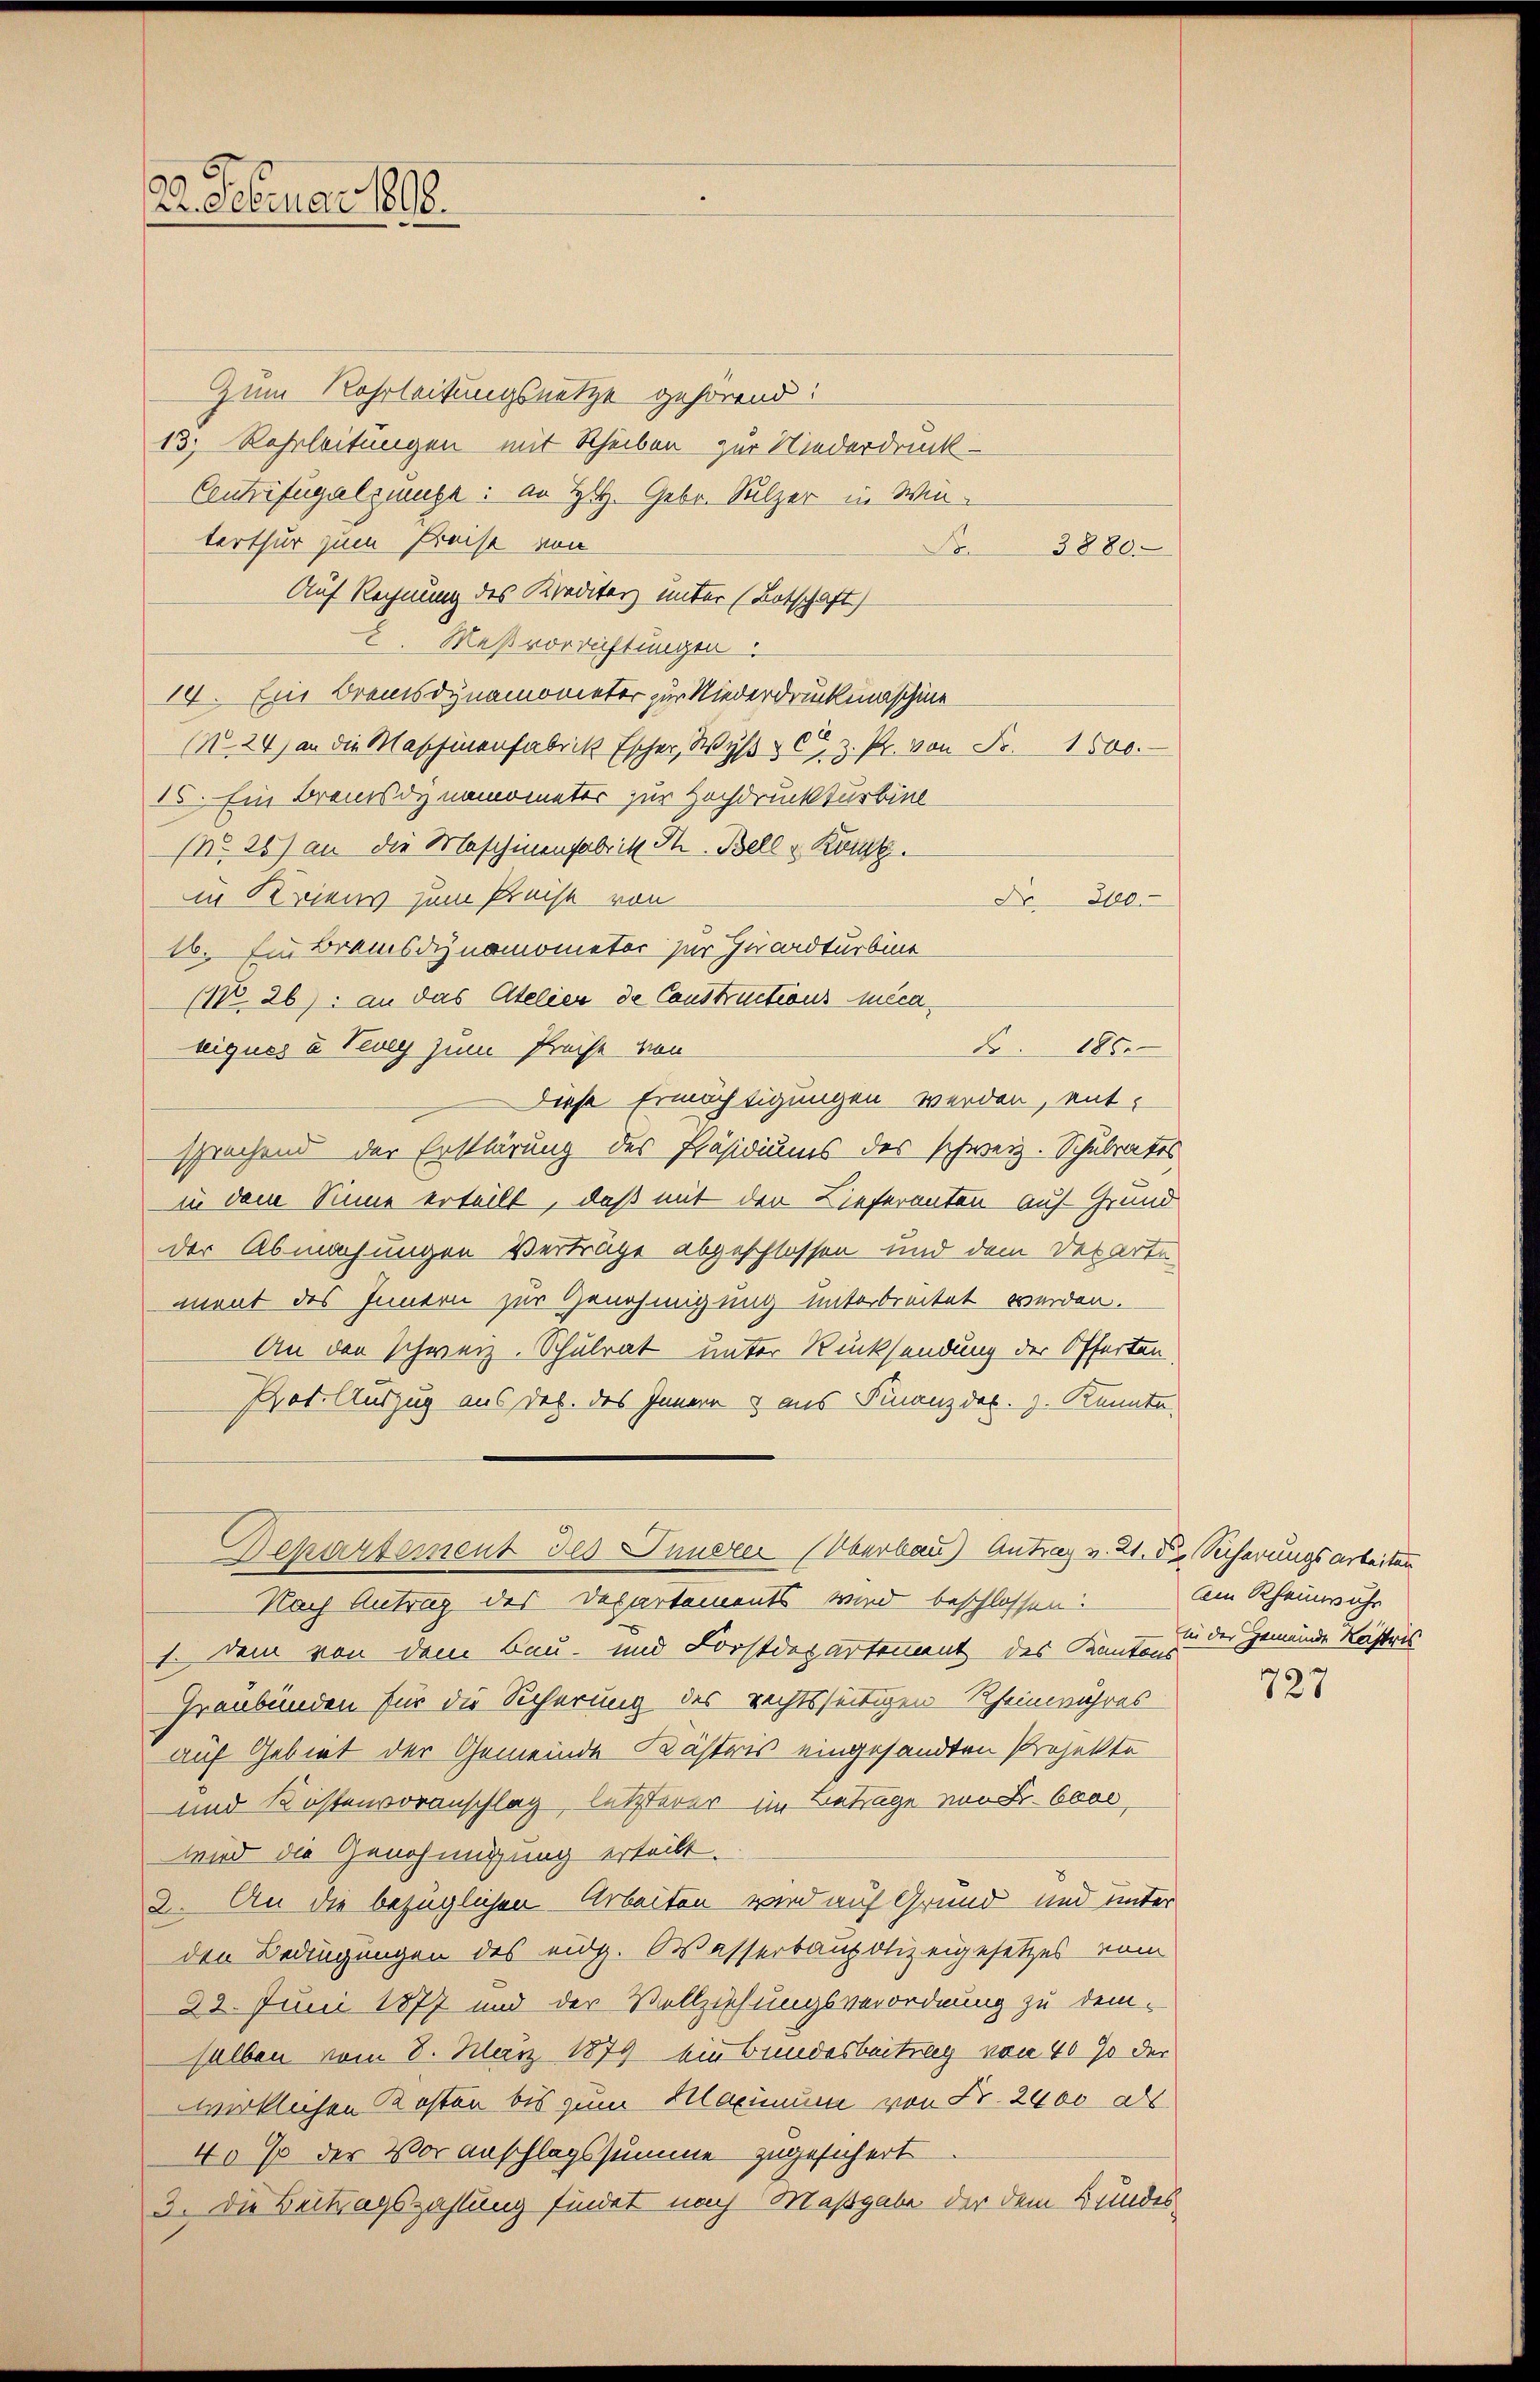
2. Februar 1898.

Zum Rohrleitungsnetze gehörend:
13. Rehrleitungen mit Scheiben zur Niederdruck-
Contrifugalzunge: an H. Gebr. Sulzer in Winterthur zum Preise von
Fr. 3880
Auf Rechnung des Kreditarz unter (Lotschaft)
 Meßvorrichtungen.
14. Ein Bremsdynamometer zur Niederdruckungschie
NNo. 24) an die Maschinenfabrik Escher Wyβ u C. z. Pr. von Fr. 1500.
16. Ein Braunsdynamometer zur Hochdruckturbind
NNo. 26) an die Maschinenfabrik S. Bell u Kant.
in Kriens zum Preise von
Dr 3100.
16. Ein Bramsdynomometer zur Zucadturbine
NNo. 26) an das Atelier de Constructions mica
riques u Vevey zum Preise von
 186
Diese Ermächtigungen werden, ent-
sprechend der Erklärung des Präsidiums des schweiz. Schulrates
in dem Sinne erteilt, daß mit der Lieferanten Auf Grund
der Abmachungen Verträge abgeschlossen und dem Departe
ment des Innern zur Genehmigung unterbreitet werden.
An den Schweiz. Schulrat unter Rücksendung der Offerten
Prot. Auszug aus des des Innern & aus Finanzdec. J. Kennte.
Departement des Innerer Überbau Antrag v. 21. die Sicherungsarbeitung
Nach Antrag des Departements wird beschlossen:
1. Dem von dem Bau- und Forstdepartement des Kantons der Gemeinde Reistris
Graubünden für die Sicherung des rechtsseitigen Rheinwuhres
auf Gebiet der Gemeinde Kästris eingesandten Projekte
und Kostenvoranschlag, letzterer im Beträge von L. Oberwird die Genehmigung erteilt.
2. An die bezüglichen Arbeiten wird auf Grund und unter
den Bedingungen des eidg. Wasserbaupolizeigesetzes vom
22. Juni 1877 und der Vollziehungsverordnung zu dem-
salben vom 8. März 1879 ein bundesbeitrag von 40% der
wirklichen Kosten bis zum Maximum von Fr. 2400 als
40 so der Voranschlagssumme zugesichert
3. Die Beitragszahlung findet nach Maßgabe der dem Bundes¬

Am Rheinwuhr

727